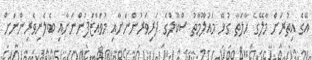
އޭގެ އިތުރަށް މާލޭގެ ހާލަތާ ގުޅޭ މައުލޫމާތު ސްކޫލްގެ ދަރިވަރުންނަށާއި މުވައްޒަފުންނަށާއި ބެލެނިވެރިންނަށް